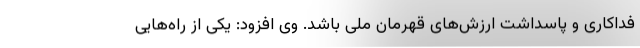
فداکاری و پاسداشت ارزش‌های قهرمان ملی باشد. وی افزود: یکی از راه‌هایی